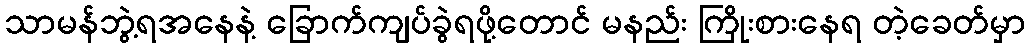
သာမန်ဘွဲ့ရအနေနဲ့ ခြောက်ကျပ်ခွဲရဖို့တောင် မနည်း ကြိုးစားနေရ တဲ့ခေတ်မှာ